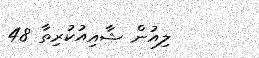
ލިއުން ޝާއިއުކުރިތާ 48